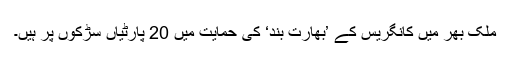
ملک بھر میں کانگریس کے ’بھارت بند‘ کی حمایت میں 20 پارٹیاں سڑکوں پر ہیں۔